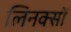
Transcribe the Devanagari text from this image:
लिनक्सों